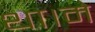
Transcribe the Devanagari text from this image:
था।मे